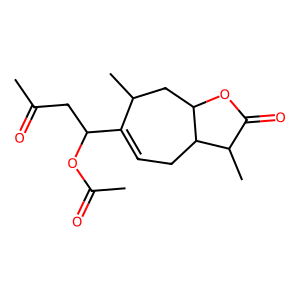
SMILES: CC(=O)CC(OC(C)=O)C1=CCC2C(CC1C)OC(=O)C2C
Inhibits HIV replication: No